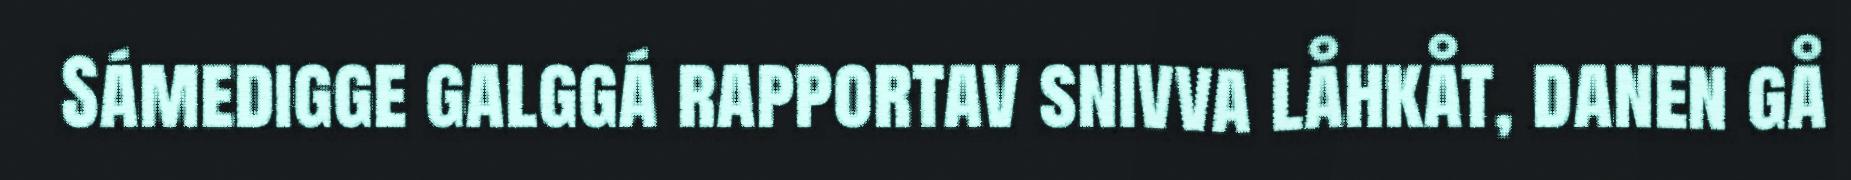
Sámedigge galggá rapportav snivva låhkåt, danen gå